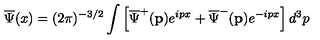
\overline { { \Psi } } ( x ) = ( 2 \pi ) ^ { - 3 / 2 } \int \left[ \overline { { \Psi } } ^ { + } ( \mathbf { p } ) e ^ { i p x } + \overline { { \Psi } } ^ { - } ( \mathbf { p } ) e ^ { - i p x } \right] d ^ { 3 } p